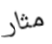
مثار